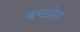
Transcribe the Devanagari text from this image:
बच्छोम